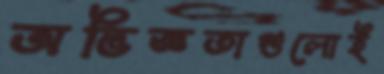
অভিজ্ঞতাগুলোই